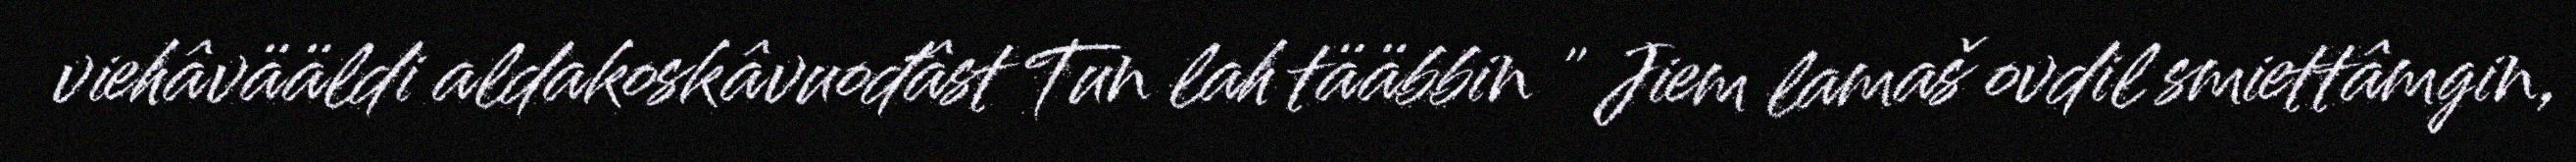
viehâvääldi aldakoskâvuođâst Tun lah tääbbin " Jiem lamaš ovdil smiettâmgin,